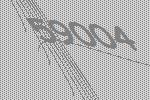
59004